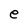
Character: e